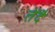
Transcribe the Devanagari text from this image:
तेंदै